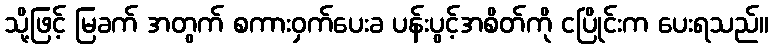
သို့ဖြင့် မြခက် အတွက် စကားဝှက်ပေးခ ပန်းပွင့်အစိတ်ကို ငပြိုင်းက ပေးရသည်။